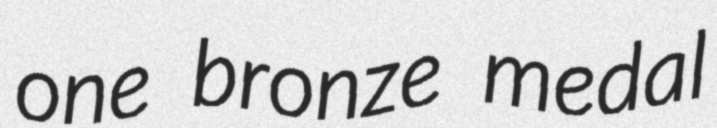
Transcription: one bronze medal